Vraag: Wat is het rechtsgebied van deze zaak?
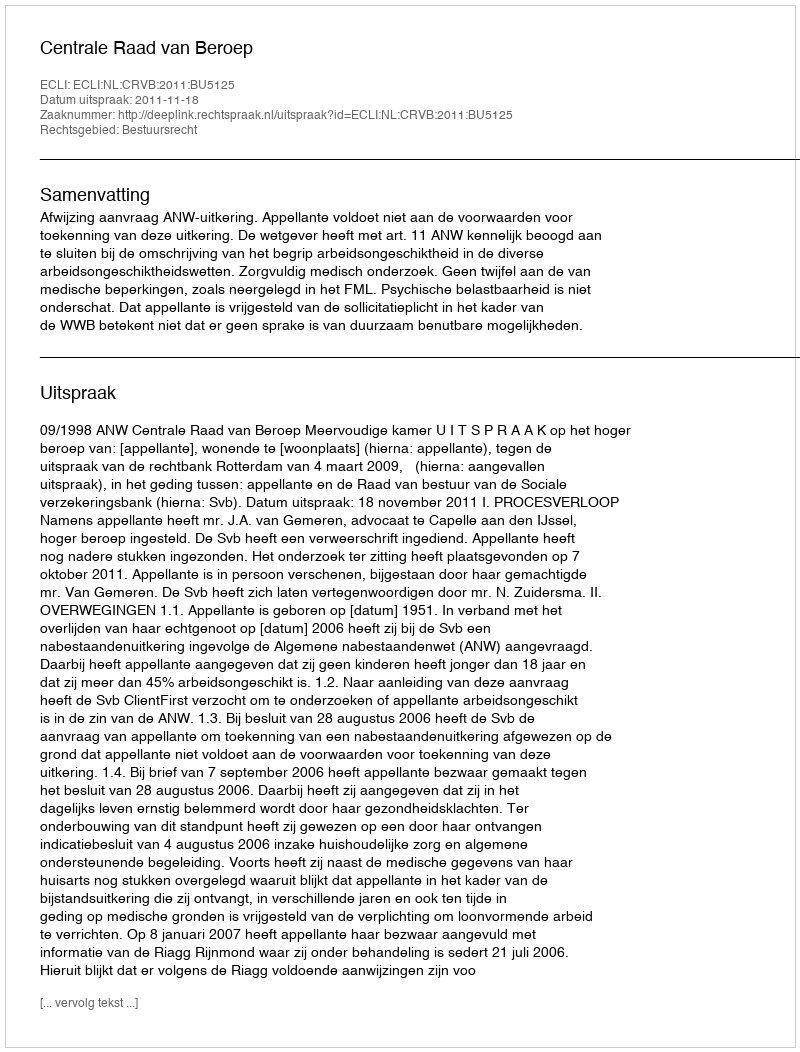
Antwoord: Bestuursrecht